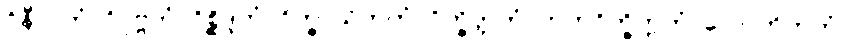
ဝိနီလကံ, ဝိပုဗ္ဗကံ, ဝိစ္ဆိဒ္ဒကံ, ဝိက္ခာယိတကံ, ဝိက္ခိတ္တကံ, ဟတဝိက္ခိတ္တကံ, လောဟိတကံ,